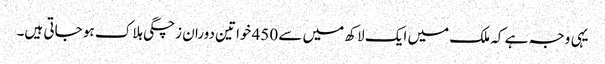
یہی وجہ ہے کہ ملک میں ایک لاکھ میں سے 450 خواتین دوران زچگی ہلاک ہو جاتی ہیں۔